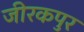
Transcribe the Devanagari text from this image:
जीरकपुर